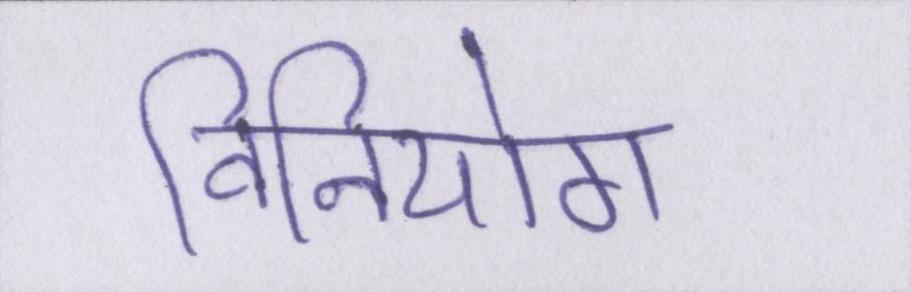
विनियोग